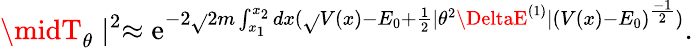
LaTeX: \midT_{\theta}\mid^{2}\approx\mathrm{e}^{-2\sqrt{}{{2m}}\int_{x_{1}}^{x_{2}}dx(\sqrt{}{{V(x)-E_{0}}}+\frac{{1}}{{2}}\mid\theta^{2}\DeltaE^{(1)}\mid(V(x)-E_{0})^{\frac{{-1}}{{2}}})}.